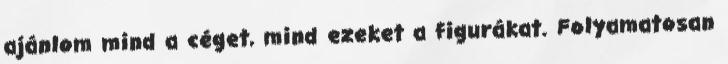
ajánlom mind a céget, mind ezeket a figurákat. Folyamatosan